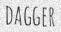
DAGGER